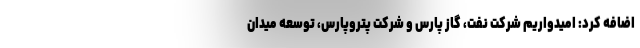
اضافه کرد: امیدواریم شرکت نفت، گاز پارس و شرکت پتروپارس، توسعه میدان